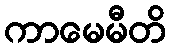
ကာမေမီတိ